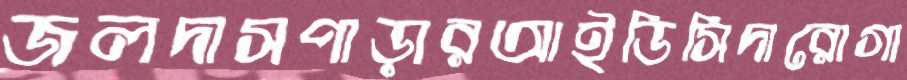
জলদাসপাড়ারআইডিসিদারোগা